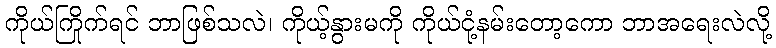
ကိုယ်ကြိုက်ရင် ဘာဖြစ်သလဲ၊ ကိုယ့်နွားမကို ကိုယ်ငုံ့နမ်းတော့ကော ဘာအရေးလဲလို့